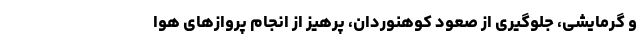
و گرمایشی، جلوگیری از صعود کوهنوردان، پرهیز از انجام پروازهای هوا